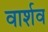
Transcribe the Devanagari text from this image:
वार्शव